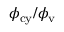
\phi _ { \mathrm { c y } } / \phi _ { \mathrm { v } }